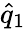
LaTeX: \hat{q}_{1}